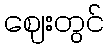
ဈေးတွင်